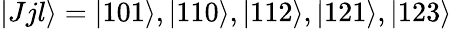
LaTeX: |Jjl\rangle=|101\rangle,|110\rangle,|112\rangle,|121\rangle,|123\rangle